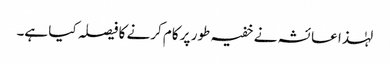
لہٰذا عائشہ نے خفیہ طور پر کام کرنے کا فیصلہ کیا ہے۔